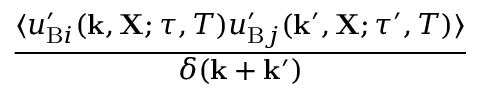
\begin{array} { r l r } { \lefteqn { \frac { \langle { u _ { \mathrm { { B } } i } ^ { \prime } ( { \bf { k } } , { \bf { X } } ; \tau , T ) u _ { \mathrm { { B } } j } ^ { \prime } ( { \bf { k } } ^ { \prime } , { \bf { X } } ; \tau ^ { \prime } , T ) } \rangle } { \delta ( { \bf { k } } + { \bf { k } } ^ { \prime } ) } } } \end{array}